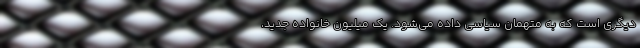
دیگری است که به متهمان سیاسی داده می‌شود. یک میلیون خانواده جدید،